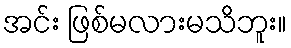
အင်း ဖြစ်မလားမသိဘူး။